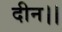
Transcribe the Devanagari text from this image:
दीन।।